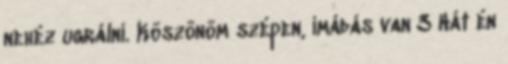
nehéz ugrálni. Köszönöm szépen, imádás van 3 Hát én